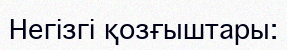
Негізгі қозғыштары: